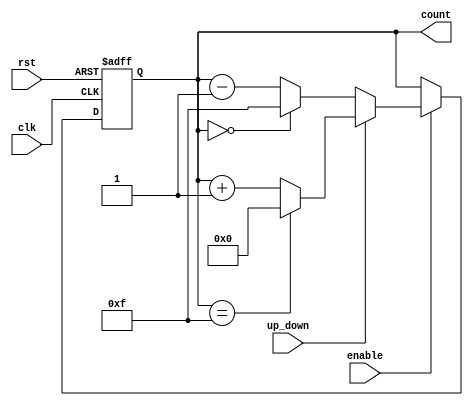
module up_down_counter #(
    parameter WIDTH = 4
)(
    input wire clk,
    input wire rst,
    input wire up_down,
    input wire enable,
    output reg [WIDTH-1:0] count
);

// Asynchronous reset and counting logic
always @(posedge clk or posedge rst) begin
    if (rst) begin
        count <= 0;  // Reset the count to 0 on reset
    end else if (enable) begin
        if (up_down) begin
            // Count Up
            if (count == (2**WIDTH - 1)) begin
                count <= 0;  // Wrap around on overflow
            end else begin
                count <= count + 1;
            end
        end else begin
            // Count Down
            if (count == 0) begin
                count <= (2**WIDTH - 1);  // Wrap around on underflow
            end else begin
                count <= count - 1;  
            end
        end
    end
end

endmodule